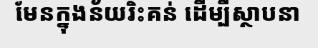
មែនក្នុងន័យរិះគន់ ដើម្បីស្ថាបនា